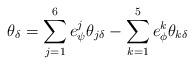
LaTeX: \begin{align*}\theta_{\delta}=\sum^6_{j=1}e^j_{\psi}\theta_{j\delta} -\sum^5_{k=1}e^k_{\phi}\theta_{k\delta}\end{align*}